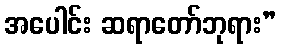
အပေါင်း ဆရာတော်ဘုရား”